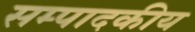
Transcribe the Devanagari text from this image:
सम्‍पादकीय